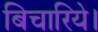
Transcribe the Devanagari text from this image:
बिचारिये।